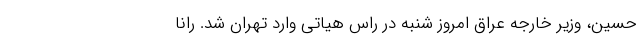
حسین، وزیر خارجه عراق امروز شنبه در راس هیاتی وارد تهران شد. رانا